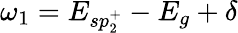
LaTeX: \omega_{1}=E_{sp_{2}^{+}}-E_{g}+\delta